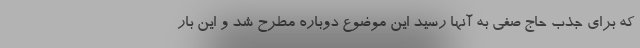
که برای جذب حاج صفی به آنها رسید این موضوع دوباره مطرح شد و این بار